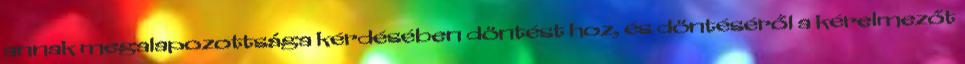
annak megalapozottsága kérdésében döntést hoz, és döntéséről a kérelmezőt